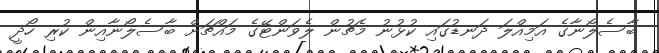
ބާސެލޯނާގެ އަމިއްލަ ދަނޑުގައި ކުޅުނު މެޗުން ލެވަންޓޭގެ މައްޗަށް ބާސެލޯނާއިން ކުރި ހޯދީ